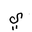
Letter: _ya